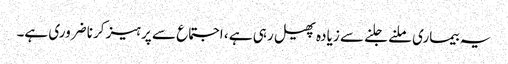
یہ بیماری ملنے جلنے سے زیادہ پھیل رہی ہے ، اجتماع سے پرہیز کرنا ضروری ہے۔